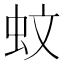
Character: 蚊